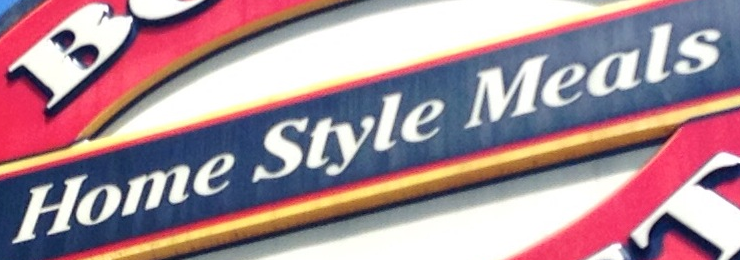
Home Style Meals